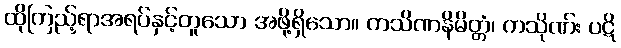
ထိုကြည့်ရာအရပ်နှင့်တူသော အဖို့ရှိသော။ ကသိဏနိမိတ္တံ၊ ကသိုဏ်း ပဋိ